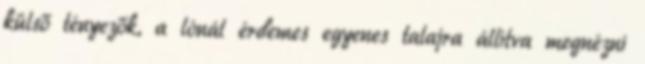
külső tényezők, a lónál érdemes egyenes talajra állítva megnézni